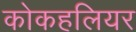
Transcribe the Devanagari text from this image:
कोकहलियर